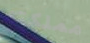
مملكته